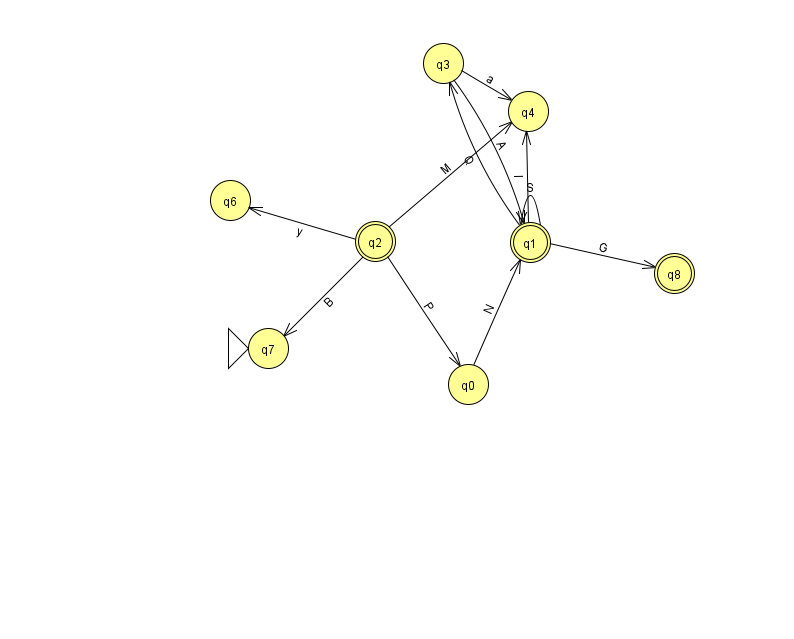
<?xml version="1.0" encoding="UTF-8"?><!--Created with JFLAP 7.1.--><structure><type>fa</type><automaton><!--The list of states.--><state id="0" name="q0"><x>468.0</x><y>371.0</y></state><state id="1" name="q1"><x>530.0</x><y>229.0</y><final/></state><state id="2" name="q2"><x>375.0</x><y>228.0</y><final/></state><state id="3" name="q3"><x>443.0</x><y>50.0</y></state><state id="4" name="q4"><x>528.0</x><y>98.0</y></state><state id="6" name="q6"><x>230.0</x><y>187.0</y></state><state id="7" name="q7"><x>268.0</x><y>335.0</y><initial/></state><state id="8" name="q8"><x>674.0</x><y>260.0</y><final/></state><!--The list of transitions.--><transition><from>1</from><to>3</to><read>Q</read></transition><transition><from>2</from><to>7</to><read>B</read></transition><transition><from>3</from><to>1</to><read>A</read></transition><transition><from>1</from><to>1</to><read>S</read></transition><transition><from>3</from><to>4</to><read>a</read></transition><transition><from>2</from><to>4</to><read>M</read></transition><transition><from>1</from><to>8</to><read>G</read></transition><transition><from>2</from><to>0</to><read>P</read></transition><transition><from>2</from><to>6</to><read>y</read></transition><transition><from>0</from><to>1</to><read>N</read></transition><transition><from>1</from><to>4</to><read>l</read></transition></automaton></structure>